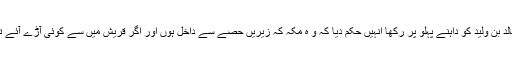
رسول اقدس صلی اللہ علیہ وآلہ وسلم نے لشکر کی ترتیب یوں فرمائی تھیں حضرت خالد بن ولید کو داہنے پہلو پر رکھا انہیں حکم دیا کہ و ہ مکہ کہ زیریں حصے سے داخل ہوں اور اگر قریش میں سے کوئی آڑے آئے تو اُس کو زِیر کرتے ہوئے صفا پر آکر ملیں حضرت زبیر بن عوام بائیں پہلو پر تھے۔